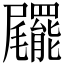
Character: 𡳹